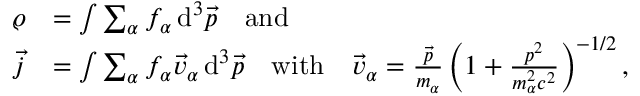
\begin{array} { r l } { \varrho } & { = \int \sum _ { \alpha } f _ { \alpha } \operatorname { d } ^ { 3 } \! \vec { p } \quad \mathrm { a n d } } \\ { \vec { j } } & { = \int \sum _ { \alpha } f _ { \alpha } \vec { v } _ { \alpha } \operatorname { d } ^ { 3 } \! \vec { p } \quad \mathrm { w i t h } \quad \vec { v } _ { \alpha } = \frac { \vec { p } } { m _ { \alpha } } \left( 1 + \frac { p ^ { 2 } } { m _ { \alpha } ^ { 2 } c ^ { 2 } } \right) ^ { - 1 / 2 } , } \end{array}